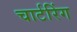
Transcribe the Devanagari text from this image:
चार्टरिंग